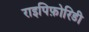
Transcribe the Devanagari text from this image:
राइपिफ़ोरिडी